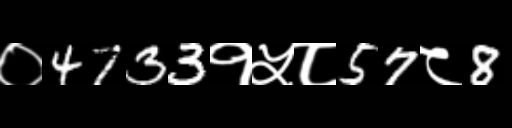
Text: ०4733१५८57८8